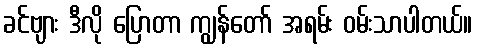
ခင်ဗျား ဒီလို ပြောတာ ကျွန်တော် အရမ်း ဝမ်းသာပါတယ်။